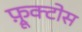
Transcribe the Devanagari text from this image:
फ़्रूक्टोस